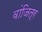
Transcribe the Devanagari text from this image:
वांजित्र